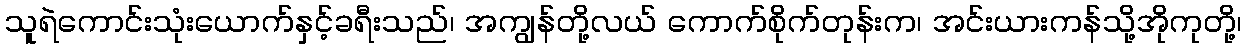
သူရဲကောင်းသုံးယောက်နှင့်ခရီးသည်၊ အကျွန်တို့လယ် ကောက်စိုက်တုန်းက၊ အင်းယားကန်သို့အိုကုတို့၊